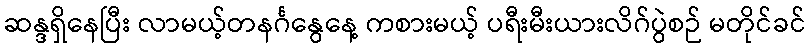
ဆန္ဒရှိနေပြီး လာမယ့်တနင်္ဂနွေနေ့ ကစားမယ့် ပရီးမီးယားလိဂ်ပွဲစဉ် မတိုင်ခင်